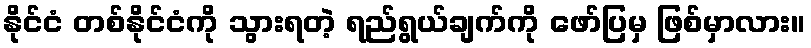
နိုင်ငံ တစ်နိုင်ငံကို သွားရတဲ့ ရည်ရွယ်ချက်ကို ဖော်ပြမှ ဖြစ်မှာလား။